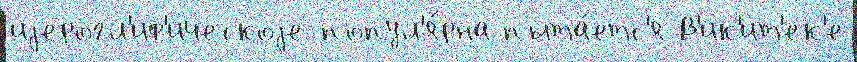
иjерогл'иф'ическоjе попул'я́рна пыта́етс'я В'ик'ит'ек'е